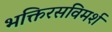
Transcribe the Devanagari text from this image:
भक्तिरसविमर्श